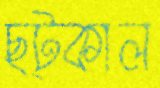
ছট্‌কাল